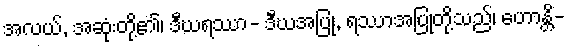
အလယ်, အဆုံးတို့၏၊ ဒီဃရဿာ- ဒီဃအပြု, ရဿာအပြုတို့သည်၊ ဟောန္တိ-